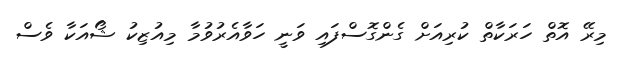
މިރޭ އޮތް ހަރަކާތް ކުރިއަށް ގެންގޮސްފައި ވަނީ ހަވާއެރުވުމާ މިއުޒިކު ޝޯއަކާ ވެސް